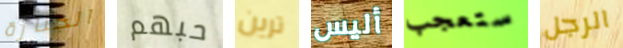
الجنازة حبهم ترين أليس ستعجب الرجل